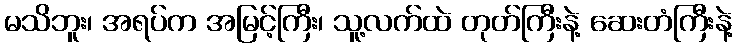
မသိဘူး၊ အရပ်က အမြင့်ကြီး၊ သူ့လက်ထဲ တုတ်ကြီးနဲ့ ဆေးတံကြီးနဲ့